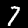
Label: 7